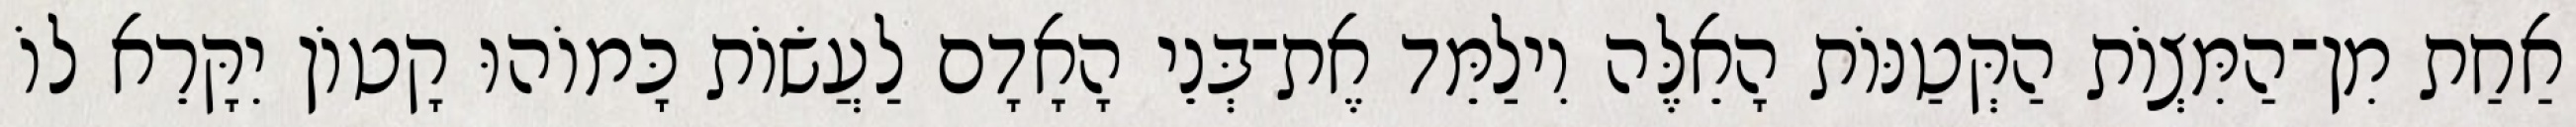
אַחַת מִן־הַמִּצְוֹת הַקְּטַנּוֹת הָאֵלֶּה וִילַמֵּד אֶת־בְּנֵי הָאָדָם לַעֲשׂוֹת כָּמוֹהוּ קָטוֹן יִקָּרֵא לוֹ